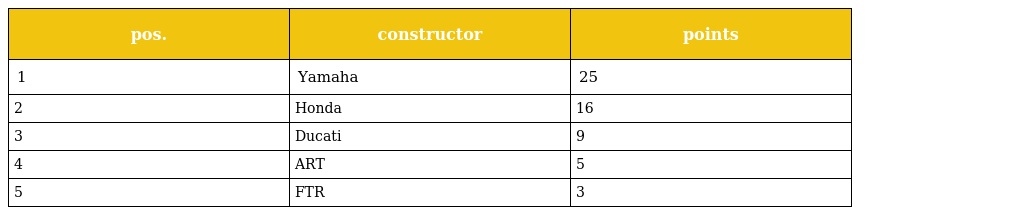
| pos. | constructor | points |
 | --- | --- | --- |
 | 1 | Yamaha | 25 |
 | 2 | Honda | 16 |
 | 3 | Ducati | 9 |
 | 4 | ART | 5 |
 | 5 | FTR | 3 |